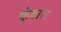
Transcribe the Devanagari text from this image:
कुंढार।